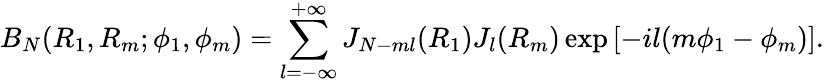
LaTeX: B_{N}(R_{1},R_{m};\phi_{1},\phi_{m})=\sum_{l=-\infty}^{+\infty}J_{N-ml}(R_{1})J_{l}(R_{m})\exp{[-il(m\phi_{1}-\phi_{m})]}.